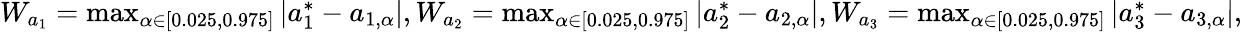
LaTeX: \begin{array}{r}{W_{a_{1}}=\operatorname*{max}_{\alpha\in[0.025,0.975]}|a_{1}^{*}-a_{1,\alpha}|,W_{a_{2}}=\operatorname*{max}_{\alpha\in[0.025,0.975]}|a_{2}^{*}-a_{2,\alpha}|,W_{a_{3}}=\operatorname*{max}_{\alpha\in[0.025,0.975]}|a_{3}^{*}-a_{3,\alpha}|,}\end{array}